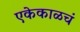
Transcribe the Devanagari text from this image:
एकेकाळचं